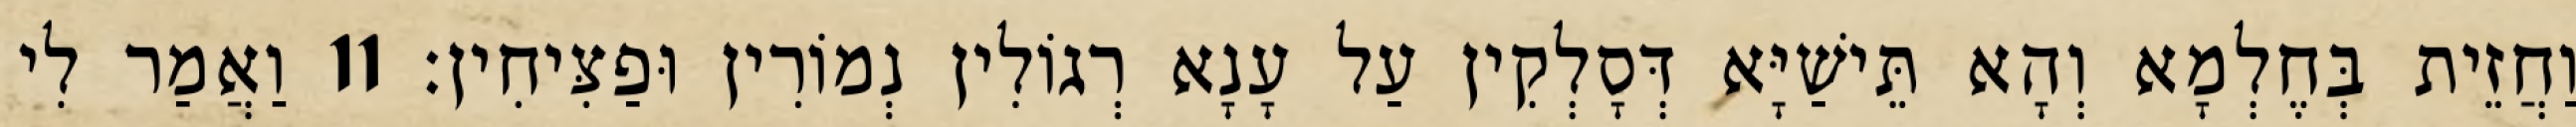
וַחֲזֵית בְּחֶלְמָא וְהָא תֵּישַׁיָּא דְּסָלְקִין עַל עָנָא רְגוֹלִין נְמוֹרִין וּפַצִּיחִין׃ 11 וַאֲמַר לִי